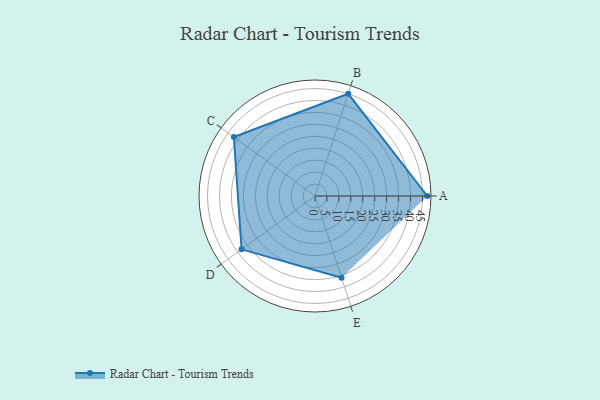
{"axis": {"x": "Skill", "y": "Score"}, "legend": ["Profile"], "data": [{"x": "A", "y": 47.0, "type": "Profile"}, {"x": "B", "y": 45.0, "type": "Profile"}, {"x": "C", "y": 42.0, "type": "Profile"}, {"x": "D", "y": 38.0, "type": "Profile"}, {"x": "E", "y": 36.0, "type": "Profile"}]}